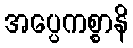
အပ္ပေကစ္စာနိ